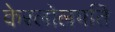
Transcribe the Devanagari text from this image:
केरलोलपति